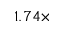
1 . 7 4 \times